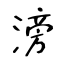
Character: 滂